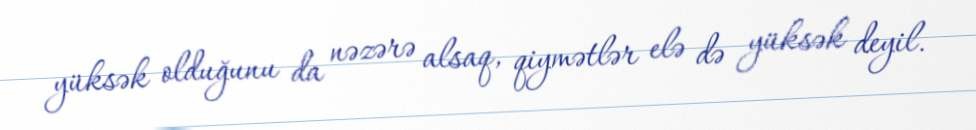
yüksək olduğunu da nəzərə alsaq, qiymətlər elə də yüksək deyil.